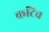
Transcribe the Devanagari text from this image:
कटिच